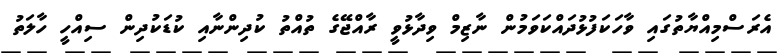
އެރަސްމިއްޔާތުގައި ވާހަކަފުޅުދައްކަވަމުން ނާޒިމް ވިދާޅުވީ ރާއްޖޭގެ ތުއްތު ކުދިންނާއި ކުޑަކުދިން ސިއްހީ ހާލަތު